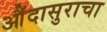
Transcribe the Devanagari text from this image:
औंदासुराचा